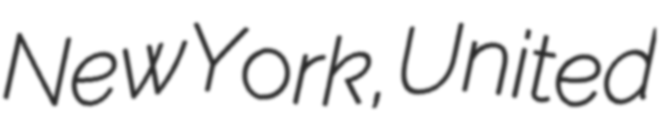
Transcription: New York, United